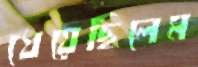
ধেয়েছিলেম